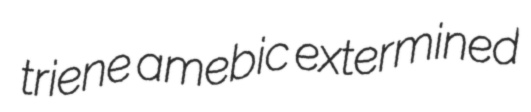
triene amebic extermined